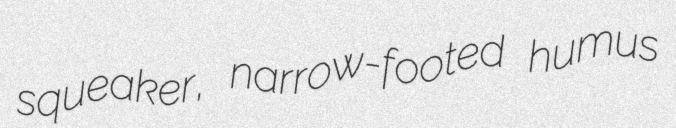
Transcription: squeaker, narrow-footed humus